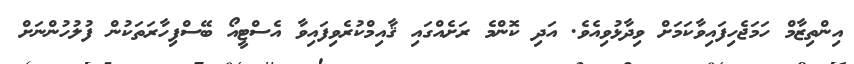
އިންތިޒާމް ހަމަޖެހިފައިވާކަމަށް ވިދާޅުވިއެވެ. އަދި ކޮންމެ ރަށެއްގައި ޤާއިމްކުރެވިފައިވާ އެސްޓީއޯ ބޭސްފިހާރަތަކުން ފުލުހުންނަށް